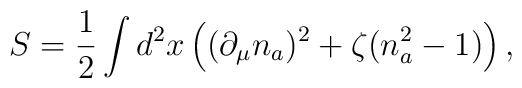
S= \frac{1}{2}\int d^{2}x\left( (\partial_{\mu} n_a)^2 + \zeta ( n_a^2 -1) \right),